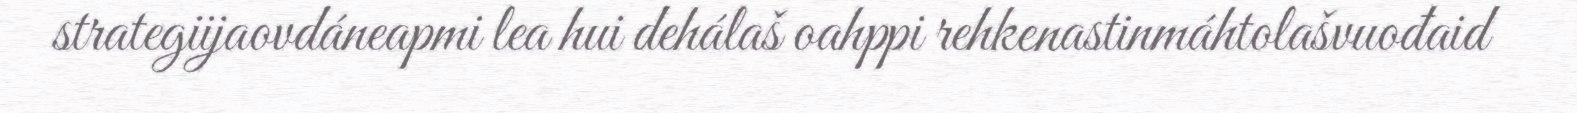
strategiijaovdáneapmi lea hui dehálaš oahppi rehkenastinmáhtolašvuođaid